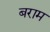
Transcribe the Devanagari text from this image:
बराम